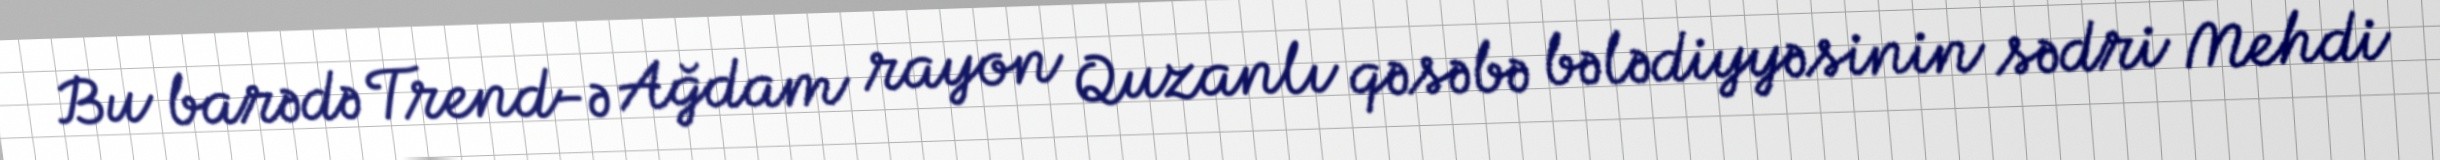
Bu barədə Trend-ə Ağdam rayon Quzanlı qəsəbə bələdiyyəsinin sədri Mehdi